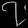
Digit: ၇